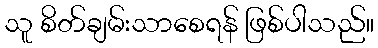
သူ စိတ်ချမ်းသာစေရန် ဖြစ်ပါသည်။